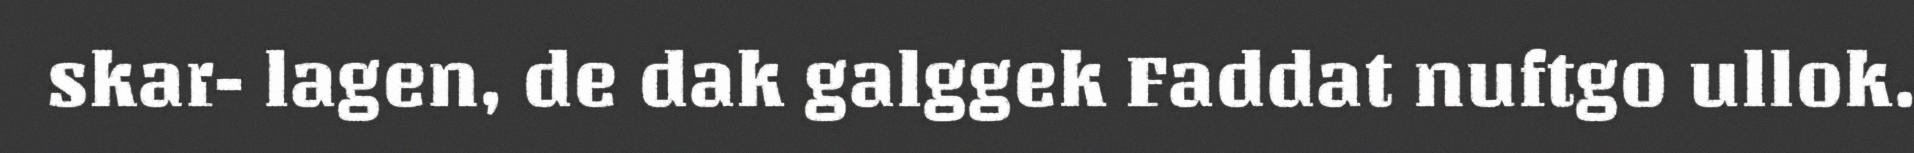
skar- lagen, de dak galggek Faddat nuftgo ullok.